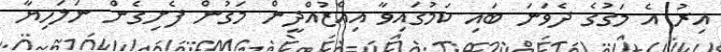
އިރު އެ މަގުގެ ދެވަނަ ބައި ކަމުގައިވާ އިއްޒުއްދީން މަގުން ފެށިގެން ނަލަހިޔާ